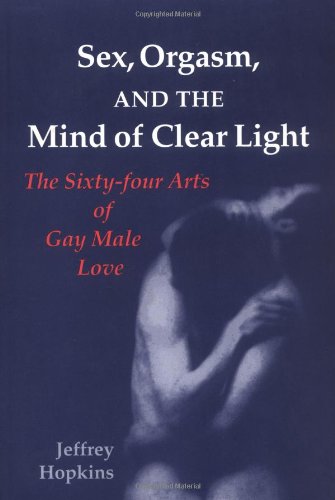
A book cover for Sex, Orgasm, and the Mind of Clear Light: The Sixty-four Arts of Gay Male Love; Jeffrey Hopkins; Gay & Lesbian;